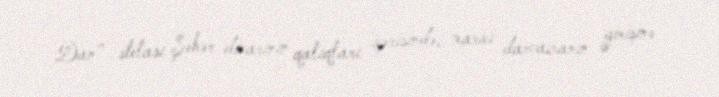
Dan" stelası Şəhər divarının qalıqları içərisində, xarici darvazanın girişinə